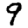
Digit: 9